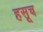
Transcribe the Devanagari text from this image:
हसूच